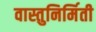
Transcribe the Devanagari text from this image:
वास्तुनिर्मिती